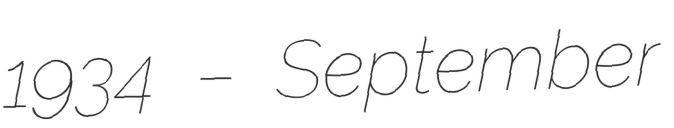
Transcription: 1934 – September